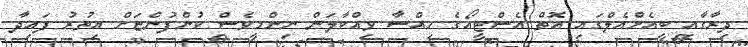
ދިރާގާއި ބީއެމްއެލްގައި އޮތް އެސްޓީއޯގެ ހިއްސާ ވިއްކާލަން ނިންމީވެސް ކުންފުންޏަށް އިތުރު ފައިދާ